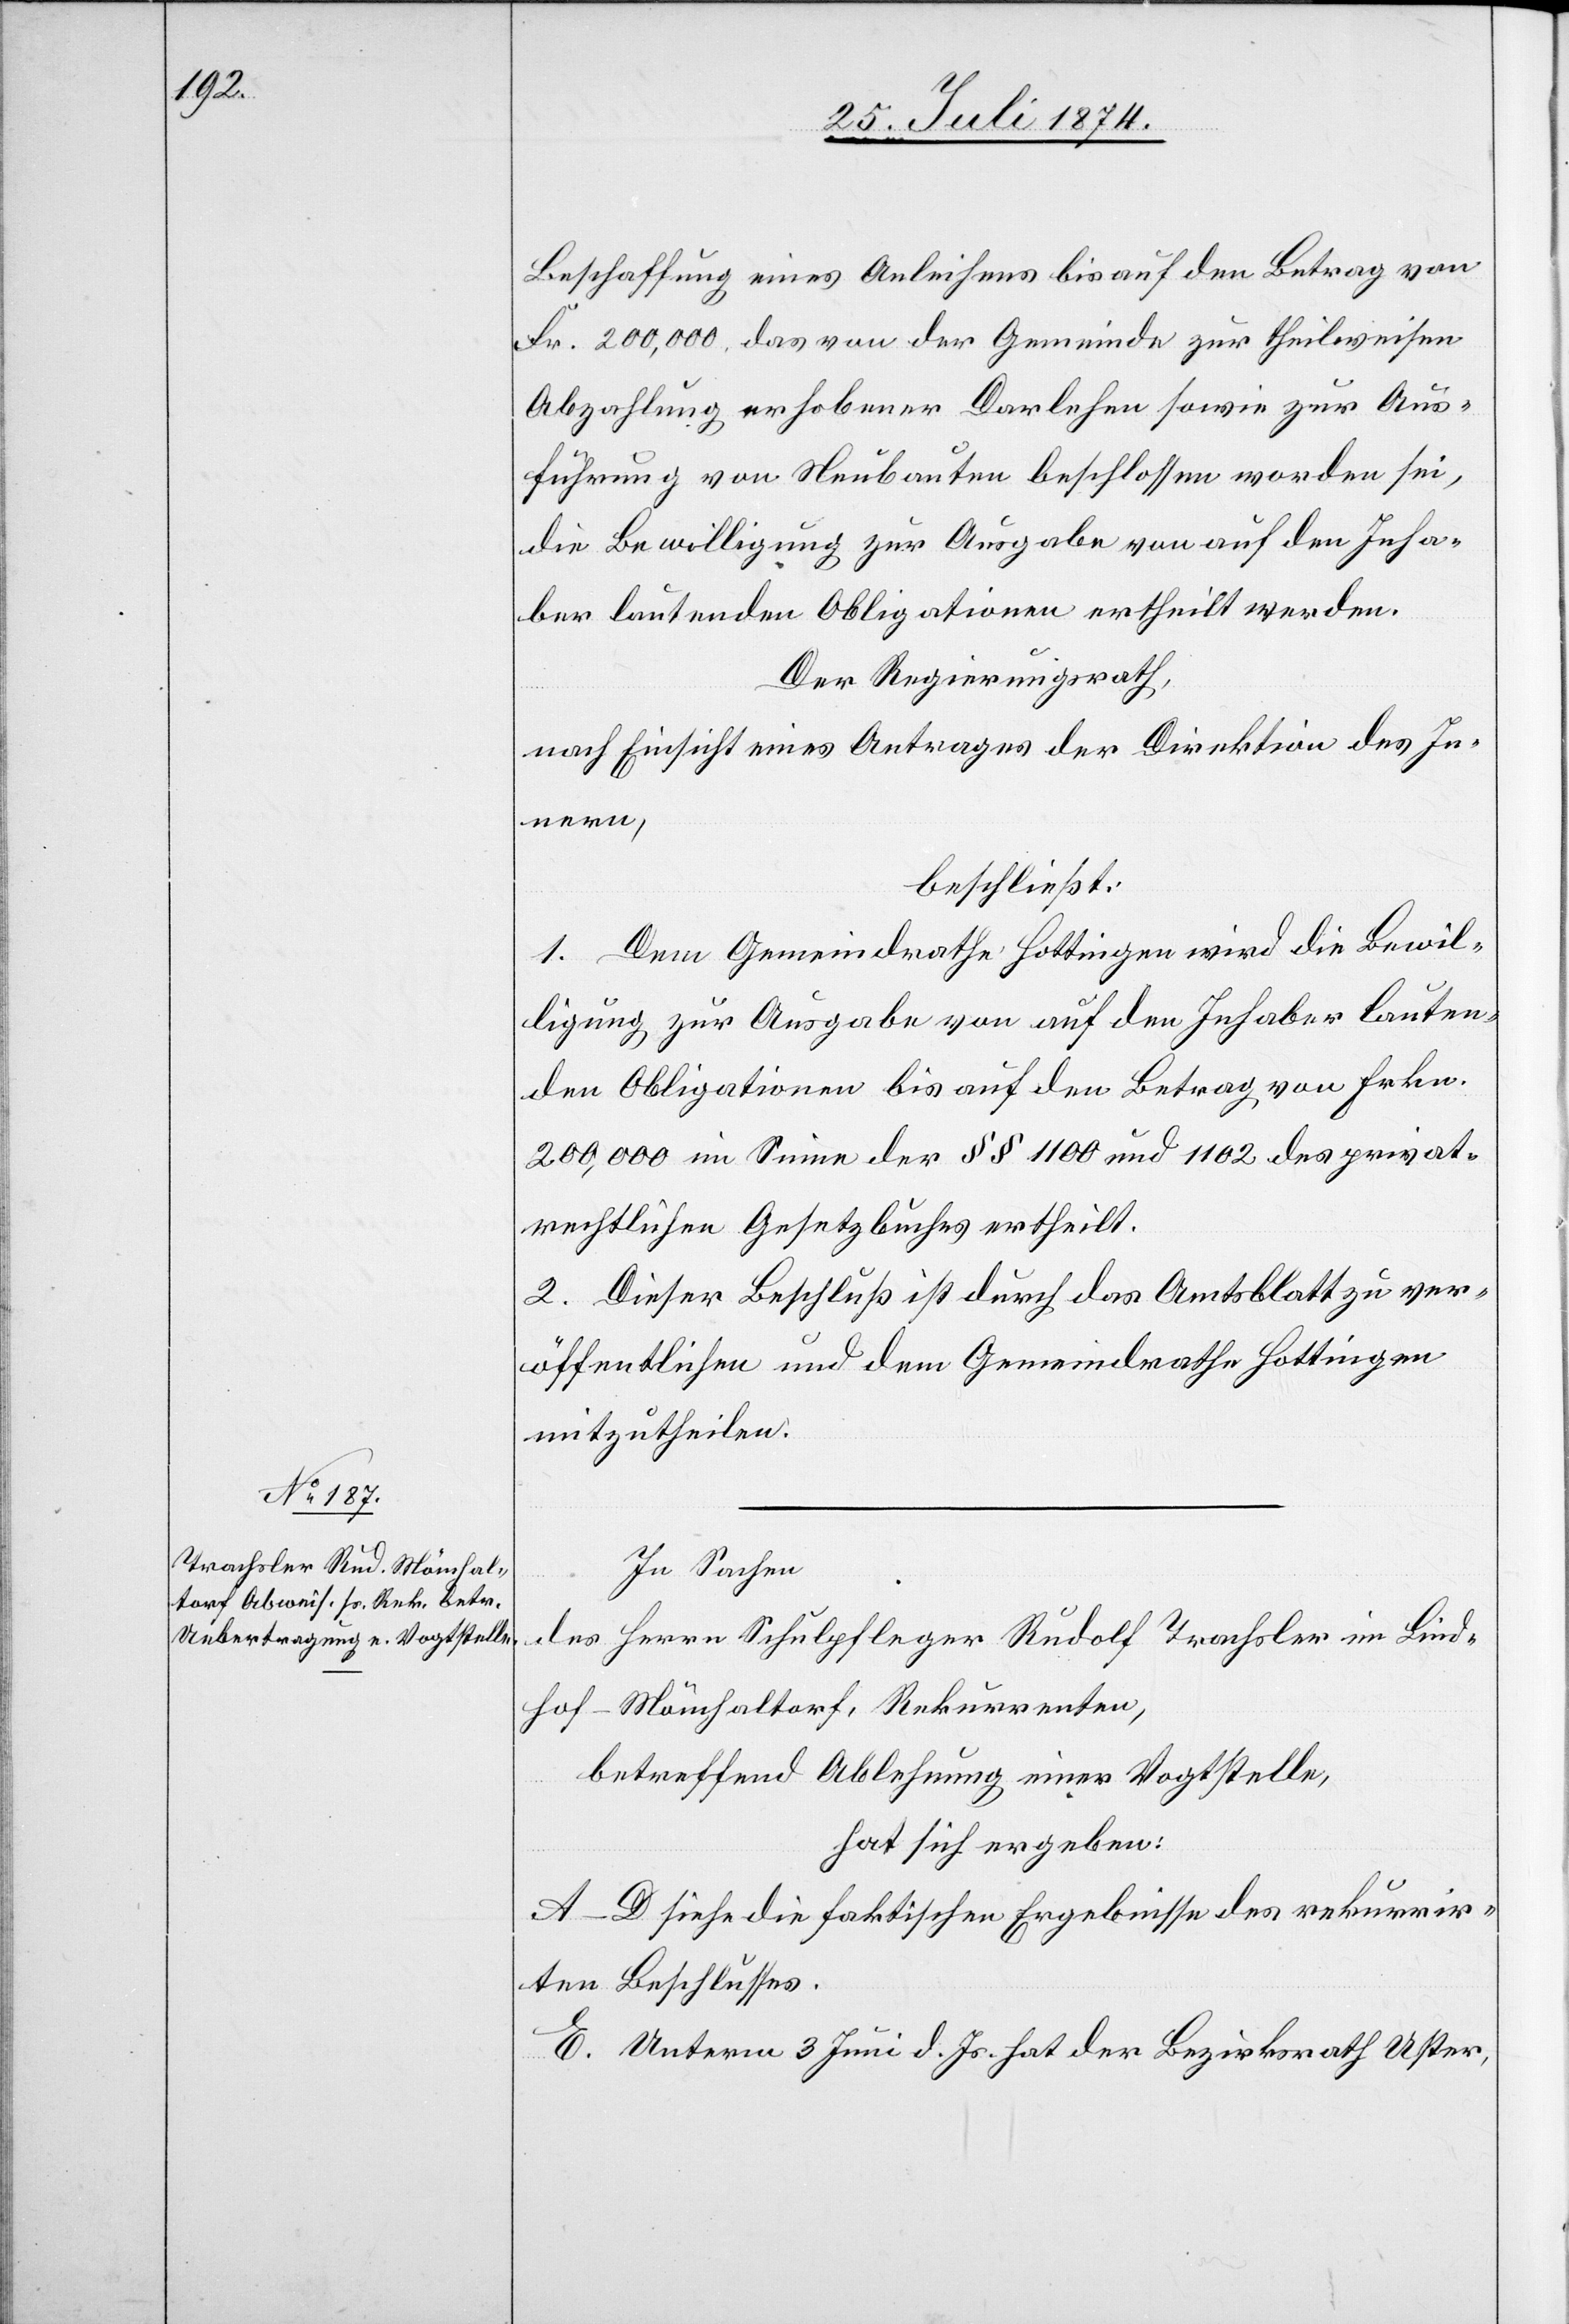
Beschaffung eines Anleihens bis auf den Betrag von
Fr. 200,000, das von der Gemeinde zur theilweisen
Abzahlung erhobener Darlehen sowie zur Aus¬
führung von Neubauten beschlossen worden sei,
die Bewilligung zur Ausgabe von auf den Inha¬
ber lautenden Obligationen ertheilt werden.
Der Regierungsrath,
nach Einsicht eines Antrages der Direktion des In¬
nern,
beschließt:
1. Dem Gemeindrathe Hottingen wird die Bewil¬
ligung zur Ausgabe von auf den Inhaber lauten¬
den Obligationen bis auf den Betrag von Frkn.
200,000 im Sine der §§ 1100 und 1102 des privat¬
rechtlichen Gesetzbuches ertheilt.
2. Dieser Beschluß ist durch das Amtsblatt zu ver¬
öffentlichen und dem Gemeindrathe Hottingen
mitzutheilen.
In Sachen
des Herrn Schulpfleger Rudolf Trachsler im Lind¬
hof-Mönchaltorf, Rekurrenten,
betreffend Ablehnung einer Vogtstelle,
hat sich ergeben:
A.–D. siehe die faktischen Ergebnisse des rekurrir¬
ten Beschlusses.
E. Unterm 3. Juni d. Js. hat der Bezirksrath Uster,